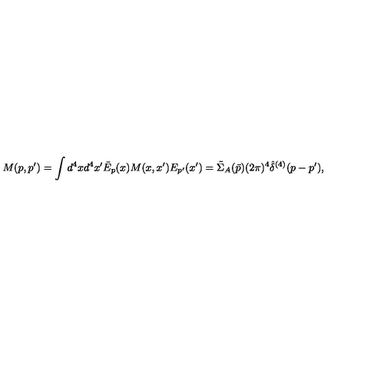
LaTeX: M ( p , p ^ { \prime } ) = \int d ^ { 4 } x d ^ { 4 } x ^ { \prime } \bar { E } _ { p } ( x ) M ( x , x ^ { \prime } ) E _ { p ^ { \prime } } ( x ^ { \prime } ) = \tilde { \Sigma } _ { A } ( \bar { p } ) ( 2 \pi ) ^ { 4 } \hat { \delta } ^ { ( 4 ) } ( p - p ^ { \prime } ) ,